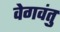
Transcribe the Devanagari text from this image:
वेगवंतु